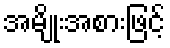
အမျိုးအစားဖြင့်